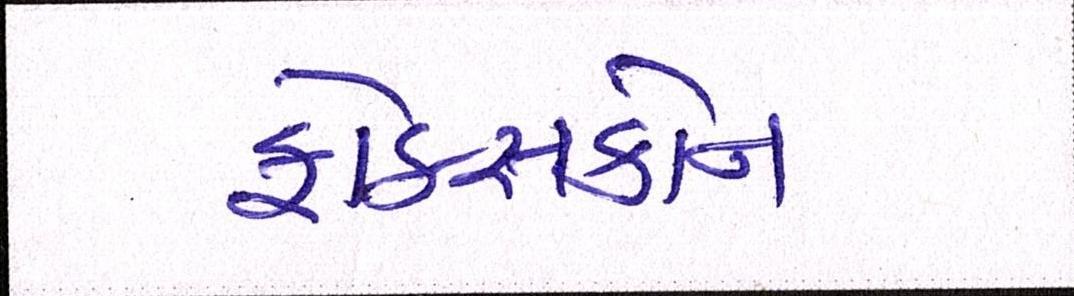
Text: ફોક્સકોન